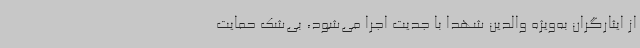
از ایثارگران به‌ویژه والدین شهدا با جدیت اجرا می‌شود، بی‌شک حمایت